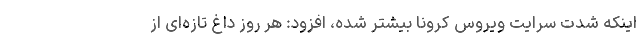
اینکه شدت سرایت ویروس کرونا بیشتر شده، افزود: هر روز داغ تازه‌ای از